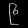
Digit: ၉